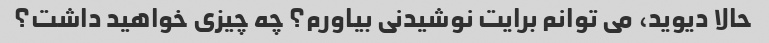
حالا دیوید، می توانم برایت نوشیدنی بیاورم؟ چه چیزی خواهید داشت؟